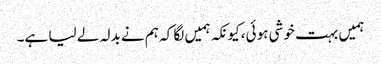
ہمیں بہت خوشی ہوئی ،کیونکہ ہمیں لگا کہ ہم نے بدلہ لے لیا ہے۔